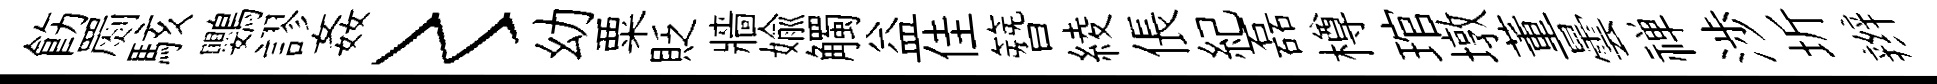
飭罽駭鸚謬姦〻幼粟貶牆媮觸益佳簪綾倀紀磊樽琯墩董曇禅渉圻辫